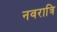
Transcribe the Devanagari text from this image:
नवरात्रि